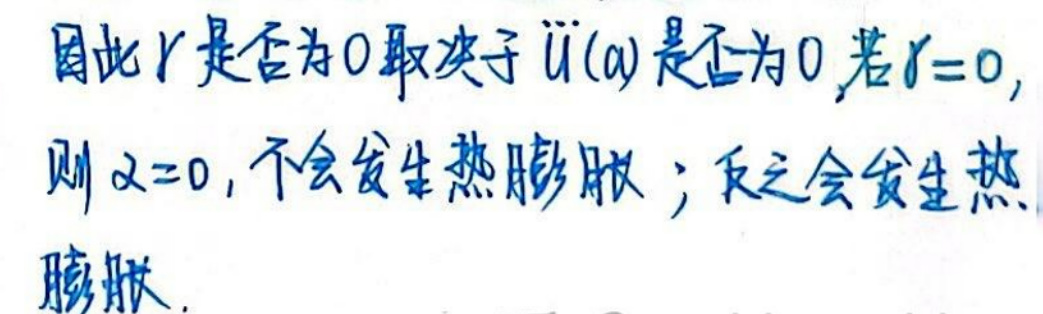
因此\(r\)是否为\(0\)取决于\(\ddot{u}(\omega)\)是否为\(0\)，若\(r = 0\)，则\(\alpha = 0\)，不会发生热膨胀；反之会发生热膨胀。